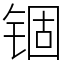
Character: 锢